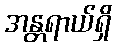
အန္တရာယ်ရှိ